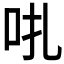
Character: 𠯩